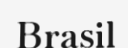
Brasil